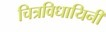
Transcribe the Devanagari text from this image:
चित्रविधायिनी